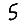
Digit: 5